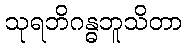
သုရဘိဂန္ဓဘူသိတာ